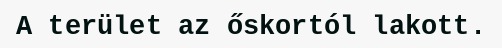
A terület az őskortól lakott.